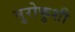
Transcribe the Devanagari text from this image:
मुरोफुशी